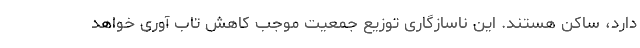
دارد، ساکن هستند. این ناسازگاری توزیع جمعیت موجب کاهش تاب آوری خواهد